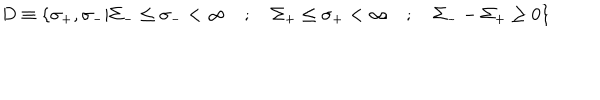
D \equiv \left\{ \sigma _ { + } , \sigma _ { - } \vert \Sigma _ { - } \le \sigma _ { - } < \infty \quad ; \quad \Sigma _ { + } \le \sigma _ { + } < \infty \quad ; \quad \Sigma _ { - } - \Sigma _ { + } \ge 0 \right\}